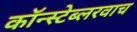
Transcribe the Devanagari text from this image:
कॉन्स्टेब्लरवाच